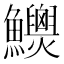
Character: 𩽯